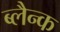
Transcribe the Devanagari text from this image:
ब्लैन्क